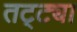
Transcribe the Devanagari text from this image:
तट्ट्या